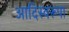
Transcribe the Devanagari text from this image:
आदिस्वरूपा